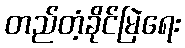
တည်တံ့ခိုင်မြဲရေး